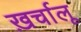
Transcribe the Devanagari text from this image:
ख़र्चालू